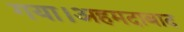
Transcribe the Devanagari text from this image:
गया।अहमदाबाद